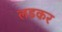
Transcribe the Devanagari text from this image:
लडकर